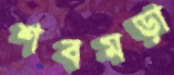
শবমড়া